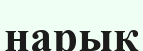
нарық